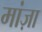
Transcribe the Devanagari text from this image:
मांज़ा